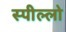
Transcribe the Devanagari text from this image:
स्पील्लो